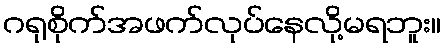
ဂရုစိုက်အဖက်လုပ်နေလို့မရဘူး။